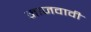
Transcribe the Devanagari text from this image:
माजवावी